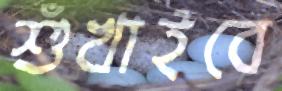
শুঁখাইবে